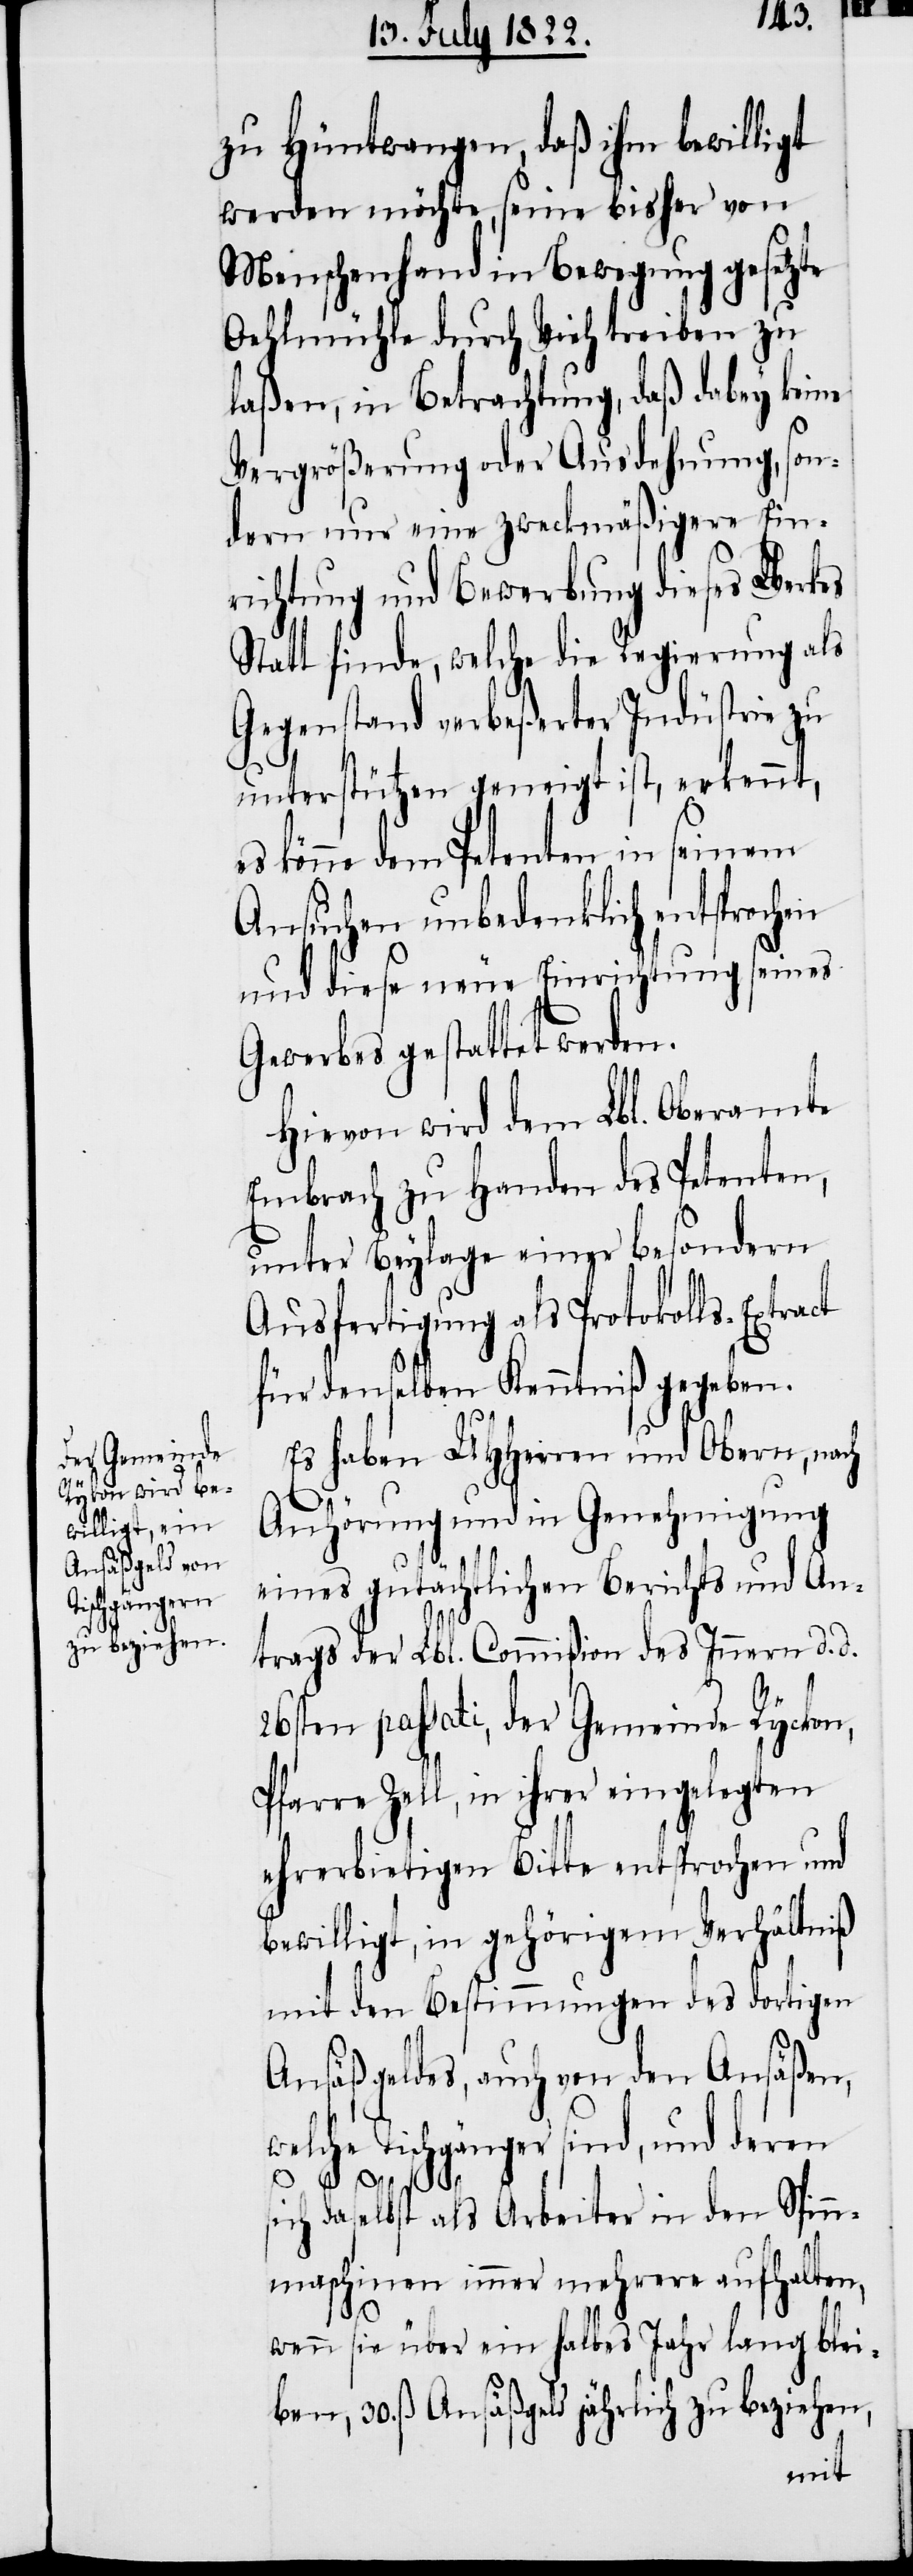
zu Hüntwangen, daß ihm bewilligt
werden möchte, seine bisher von
Menschenhand in Bewegung gesetzte
Oehlmühle durch Vieh treiben zu
laßen, in Betrachtung, daß dabey keine
Vergrößerung oder Ausdehnung, son¬
dern nur eine zweckmäßigere Ein¬
richtung und Bewerbung dieses Werkes
Statt finde, welche die Regierung als
Gegenstand verbeßerter Industrie zu
unterstützen geneigt ist, erkennt,
könne dem Petenten in seinem
Ansuchen unbedenklich entsprochen
und diese neue Einrichtung seines
Gewerbes gestattet werden.
Hievon wird dem Lbl. Oberamte
Embrach zu Handen des Petenten,
unter Beylage einer besondern
Ausfertigung als Protokolls-Extract
für denselben Kenntniß gegeben.
Es haben UHHerren und Obern, nach
Anhörung und in Genehmigung
eines gutächtlichen Berichts und An¬
trags der Lbl. Commißion des Innern d. d.
26sten passati, der Gemeinde Ryckon
Pfarre Zell, in ihrer eingelegten
ehrerbietigen Bitte entsprochen und
bewilligt, in gehörigem Verhältniß
mit den Bestimmungen des dortigen
Ansäßgeldes, auch von den Ansäßen,
welche Tischgänger sind, und deren
sich daselbst als Arbeiter in den Spin¬
nmaschinen immer mehrere aufhalten,
wenn sie über ein halbes Jahr lang blei¬
ben, 30. ß Ansäßgeld jährlich zu beziehen,